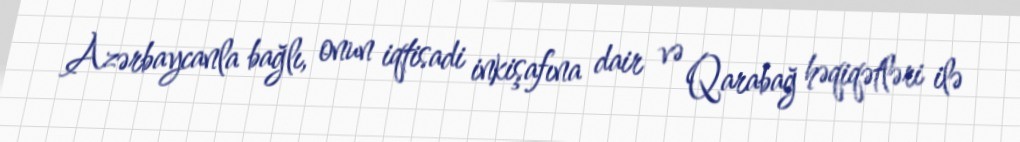
Azərbaycanla bağlı, onun iqtisadi inkişafına dair və Qarabağ həqiqətləri ilə